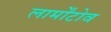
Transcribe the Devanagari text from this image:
लार्मोंटोव